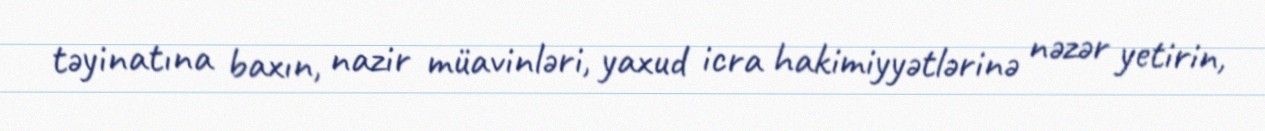
təyinatına baxın, nazir müavinləri, yaxud icra hakimiyyətlərinə nəzər yetirin,